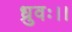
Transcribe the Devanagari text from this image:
ध्रुवः।।